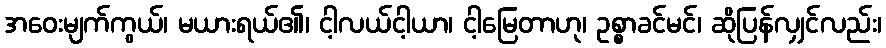
အဝေးမျက်ကွယ်၊ မယားရယ်၏၊ ငါ့လယ်ငါ့ယာ၊ ငါ့မြေတာဟု၊ ဥစ္စာခင်မင်၊ ဆိုပြန်လျှင်လည်း၊